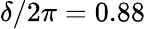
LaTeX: \delta/2\pi=0.88